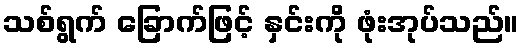
သစ်ရွက် ခြောက်ဖြင့် နှင်းကို ဖုံးအုပ်သည်။